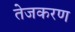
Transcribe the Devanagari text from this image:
तेजकरण